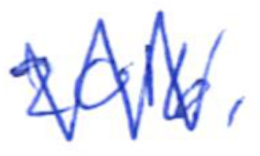
Text: 2016,
Cross-out: zig-zag
Writing tool: ballpoint